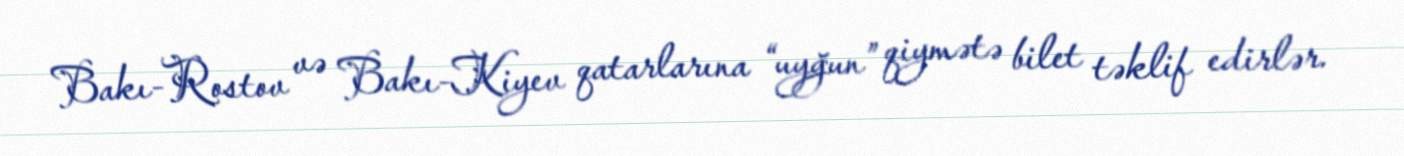
Bakı-Rostov və Bakı-Kiyev qatarlarına “uyğun” qiymətə bilet təklif edirlər.